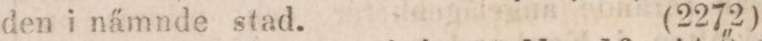
den i nämnde stad.    (2272)